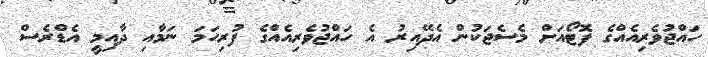
ހައްޖުވެރިއެއްގެ ފޮޓޯއަށް މެސެޖަކުން އެދޭއިރު އެ ހައްޖުވެރިއެއްގެ ފުރިހަމަ ނަމާއި ދާއިމީ އެޑްރެސް